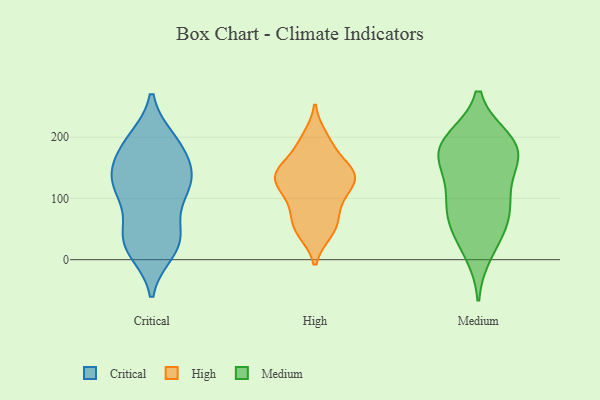
{"axis": {"x": "Customer Acquisition Cost (USD)", "y": "Value"}, "legend": ["Critical", "High", "Medium"], "data": [{"x": "", "y": 194, "type": "Critical"}, {"x": "", "y": 195, "type": "Critical"}, {"x": "", "y": 29, "type": "Critical"}, {"x": "", "y": 132, "type": "Critical"}, {"x": "", "y": 161, "type": "Critical"}, {"x": "", "y": 32, "type": "Critical"}, {"x": "", "y": 122, "type": "Critical"}, {"x": "", "y": 122, "type": "Critical"}, {"x": "", "y": 19, "type": "Critical"}, {"x": "", "y": 43, "type": "Critical"}, {"x": "", "y": 181, "type": "Critical"}, {"x": "", "y": 113, "type": "Critical"}, {"x": "", "y": 100, "type": "Critical"}, {"x": "", "y": 139, "type": "Critical"}, {"x": "", "y": 186, "type": "Critical"}, {"x": "", "y": 131, "type": "Critical"}, {"x": "", "y": 46, "type": "Critical"}, {"x": "", "y": 15, "type": "Critical"}, {"x": "", "y": 115, "type": "High"}, {"x": "", "y": 199, "type": "High"}, {"x": "", "y": 189, "type": "High"}, {"x": "", "y": 143, "type": "High"}, {"x": "", "y": 101, "type": "High"}, {"x": "", "y": 140, "type": "High"}, {"x": "", "y": 54, "type": "High"}, {"x": "", "y": 136, "type": "High"}, {"x": "", "y": 46, "type": "High"}, {"x": "", "y": 127, "type": "High"}, {"x": "", "y": 48, "type": "High"}, {"x": "", "y": 146, "type": "High"}, {"x": "", "y": 139, "type": "High"}, {"x": "", "y": 53, "type": "High"}, {"x": "", "y": 82, "type": "High"}, {"x": "", "y": 82, "type": "High"}, {"x": "", "y": 117, "type": "High"}, {"x": "", "y": 150, "type": "High"}, {"x": "", "y": 139, "type": "High"}, {"x": "", "y": 190, "type": "High"}, {"x": "", "y": 171, "type": "Medium"}, {"x": "", "y": 45, "type": "Medium"}, {"x": "", "y": 164, "type": "Medium"}, {"x": "", "y": 138, "type": "Medium"}, {"x": "", "y": 193, "type": "Medium"}, {"x": "", "y": 177, "type": "Medium"}, {"x": "", "y": 93, "type": "Medium"}, {"x": "", "y": 13, "type": "Medium"}, {"x": "", "y": 195, "type": "Medium"}, {"x": "", "y": 57, "type": "Medium"}, {"x": "", "y": 83, "type": "Medium"}, {"x": "", "y": 187, "type": "Medium"}, {"x": "", "y": 94, "type": "Medium"}]}